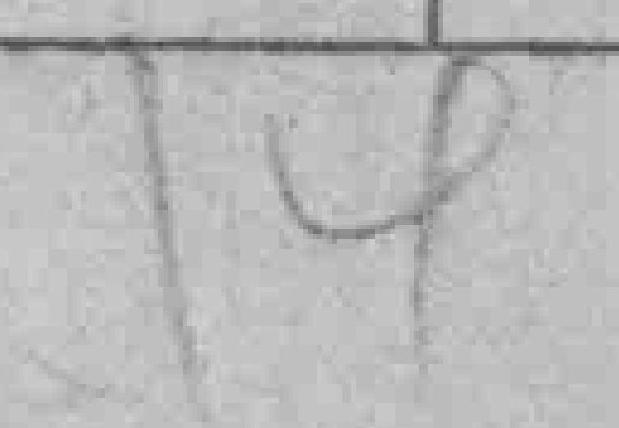
14